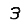
Digit: 3